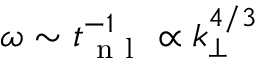
\omega \sim t _ { \mathrm { ~ n ~ l ~ } } ^ { - 1 } \propto k _ { \perp } ^ { 4 / 3 }